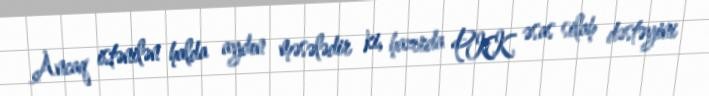
Ancaq istənilən halda aydın məsələdir ki, hazırda PKK əsas silah dəstəyini